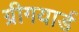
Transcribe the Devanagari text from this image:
ग्रीगयार्ड